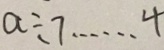
a \div 7 \cdots 4